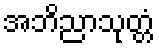
အဘိညာသုတ္တံ